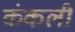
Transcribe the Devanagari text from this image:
कंकली